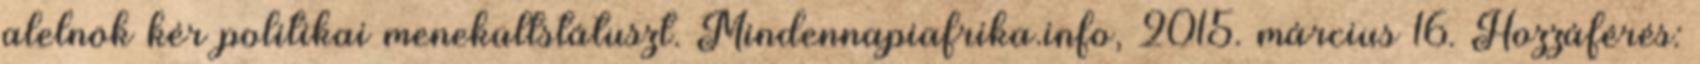
alelnök kér politikai menekültstátuszt. Mindennapiafrika.info, 2015. március 16. Hozzáférés: